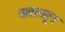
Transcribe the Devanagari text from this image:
सातारातून